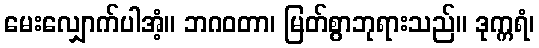
မေးလျှောက်ပါအံ့။ ဘဂဝတာ၊ မြတ်စွာဘုရားသည်။ ဒုက္ကရံ၊